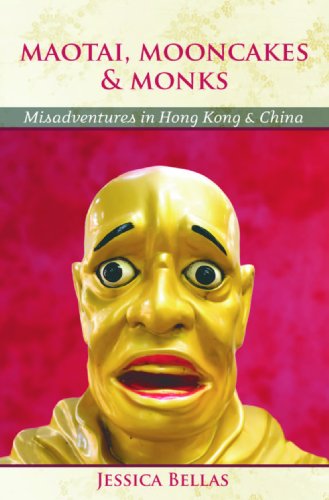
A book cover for Maotai, Mooncakes & Monks: Misadventures in Hong Kong & China; Jessica Bellas; Travel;